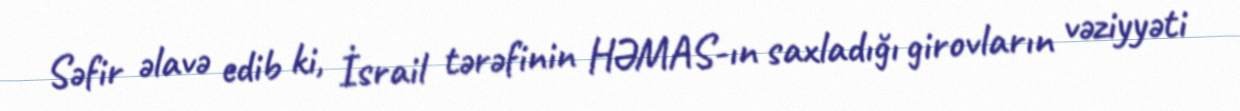
Səfir əlavə edib ki, İsrail tərəfinin HƏMAS-ın saxladığı girovların vəziyyəti